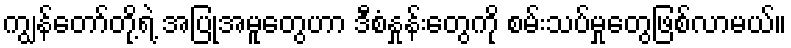
ကျွန်တော်တို့ရဲ့ အပြုအမူတွေဟာ ဒီစံနှုန်းတွေကို စမ်းသပ်မှုတွေဖြစ်လာမယ်။